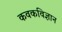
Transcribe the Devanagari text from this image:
कवकविज्ञान